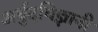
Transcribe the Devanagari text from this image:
अर्बुदविज्ञानी